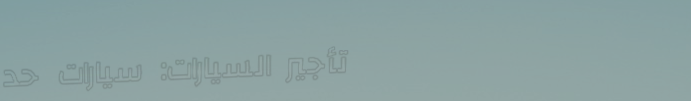
تأجير السيارات: سيارات حد